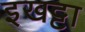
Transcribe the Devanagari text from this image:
इखट्टा